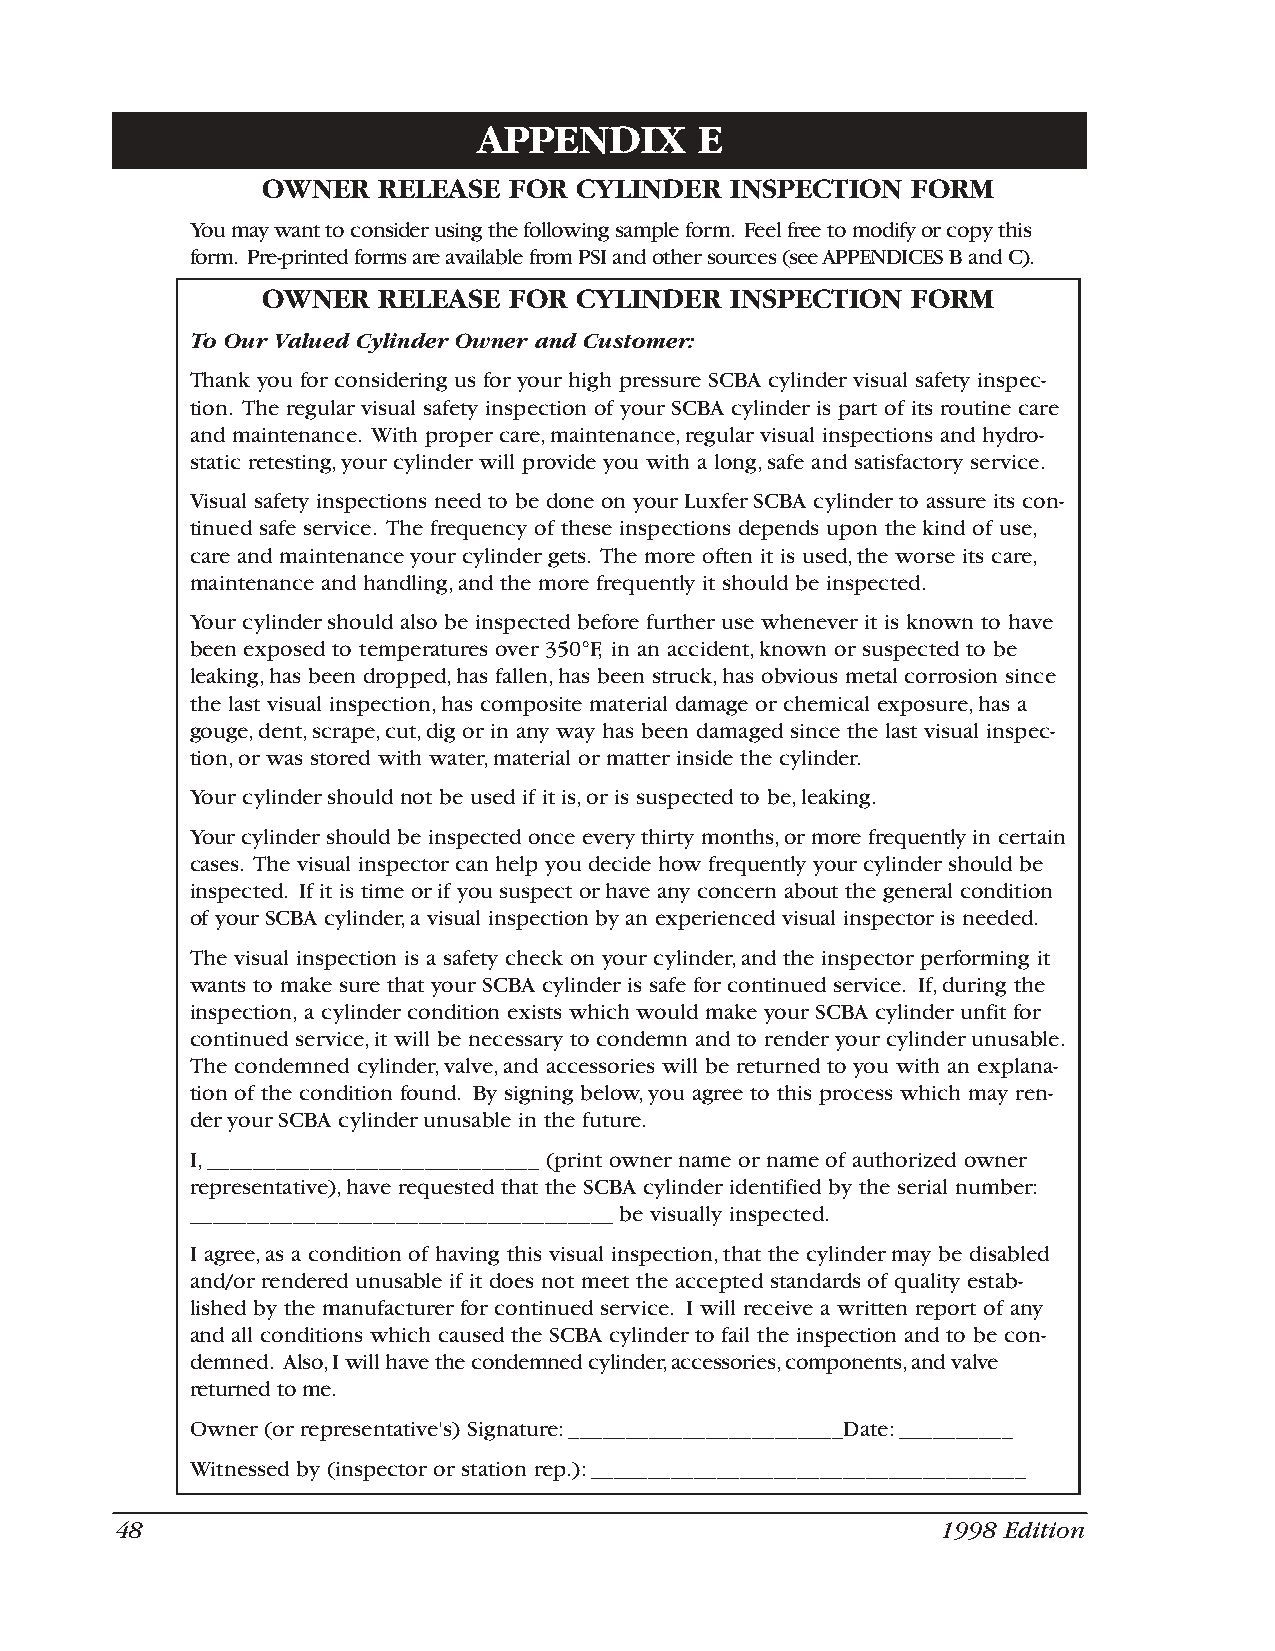
APPENDIX      E
 OWNER   RELEASE  FOR CYLINDER  INSPECTION  FORM
 You may want to consider using the following sample form. Feel free to modify or copy this
 form. Pre-printed forms are available from PSI and other sources (see APPENDICES B and C).
 OWNER   RELEASE  FOR CYLINDER  INSPECTION  FORM
 To Our Valued Cylinder Owner and Customer:
 Thank you for considering us for your high pressure SCBA cylinder visual safety inspec-
 tion. The regular visual safety inspection of your SCBA cylinder is part of its routine care
 and maintenance. With proper care,maintenance,regular visual inspections and hydro-
 static retesting,your cylinder will provide you with a long,safe and satisfactory service.
 Visual safety inspections need to be done on your Luxfer SCBA cylinder to assure its con-
 tinued safe service. The frequency of these inspections depends upon the kind of use,
 care and maintenance your cylinder gets. The more often it is used,the worse its care,
 maintenance and handling,and the more frequently it should be inspected.
 Your cylinder should also be inspected before further use whenever it is known to have
 been exposed to temperatures over 350°F, in an accident,known or suspected to be
 leaking,has been dropped,has fallen,has been struck,has obvious metal corrosion since
 the last visual inspection,has composite material damage or chemical exposure,has a
 gouge,dent,scrape,cut,dig or in any way has been damaged since the last visual inspec-
 tion,or was stored with water,material or matter inside the cylinder.
 Your cylinder should not be used if it is,or is suspected to be,leaking.
 Your cylinder should be inspected once every thirty months,or more frequently in certain
 cases. The visual inspector can help you decide how frequently your cylinder should be
 inspected. If it is time or if you suspect or have any concern about the general condition
 of your SCBA cylinder,a visual inspection by an experienced visual inspector is needed.
 The visual inspection is a safety check on your cylinder,and the inspector performing it
 wants to make sure that your SCBA cylinder is safe for continued service. If,during the
 inspection, a cylinder condition exists which would make your SCBA cylinder unfit for
 continued service,it will be necessary to condemn and to render your cylinder unusable.
 The condemned cylinder,valve,and accessories will be returned to you with an explana-
 tion of the condition found. By signing below,you agree to this process which may ren-
 der your SCBA cylinder unusable in the future.
 I,_____________________________ (print owner name or name of authorized owner
 representative),have requested that the SCBA cylinder identified by the serial number:
 _____________________________________ be visually inspected.
 I agree,as a condition of having this visual inspection,that the cylinder may be disabled
 and/or rendered unusable if it does not meet the accepted standards of quality estab-
 lished by the manufacturer for continued service. I will receive a written report of any
 and all conditions which caused the SCBA cylinder to fail the inspection and to be con-
 demned. Also,I will have the condemned cylinder,accessories,components,and valve
 returned to me.
 Owner (or representative's) Signature:________________________Date:__________
 Witnessed by (inspector or station rep.):______________________________________
 48                                                    1998 Edition